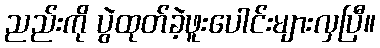
ညည်းကို ပွဲထုတ်ခဲ့ဖူးပေါင်းများလှပြီ။